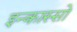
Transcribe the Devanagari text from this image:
इन्कास्सो